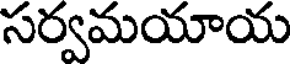
సర్వమయాయ